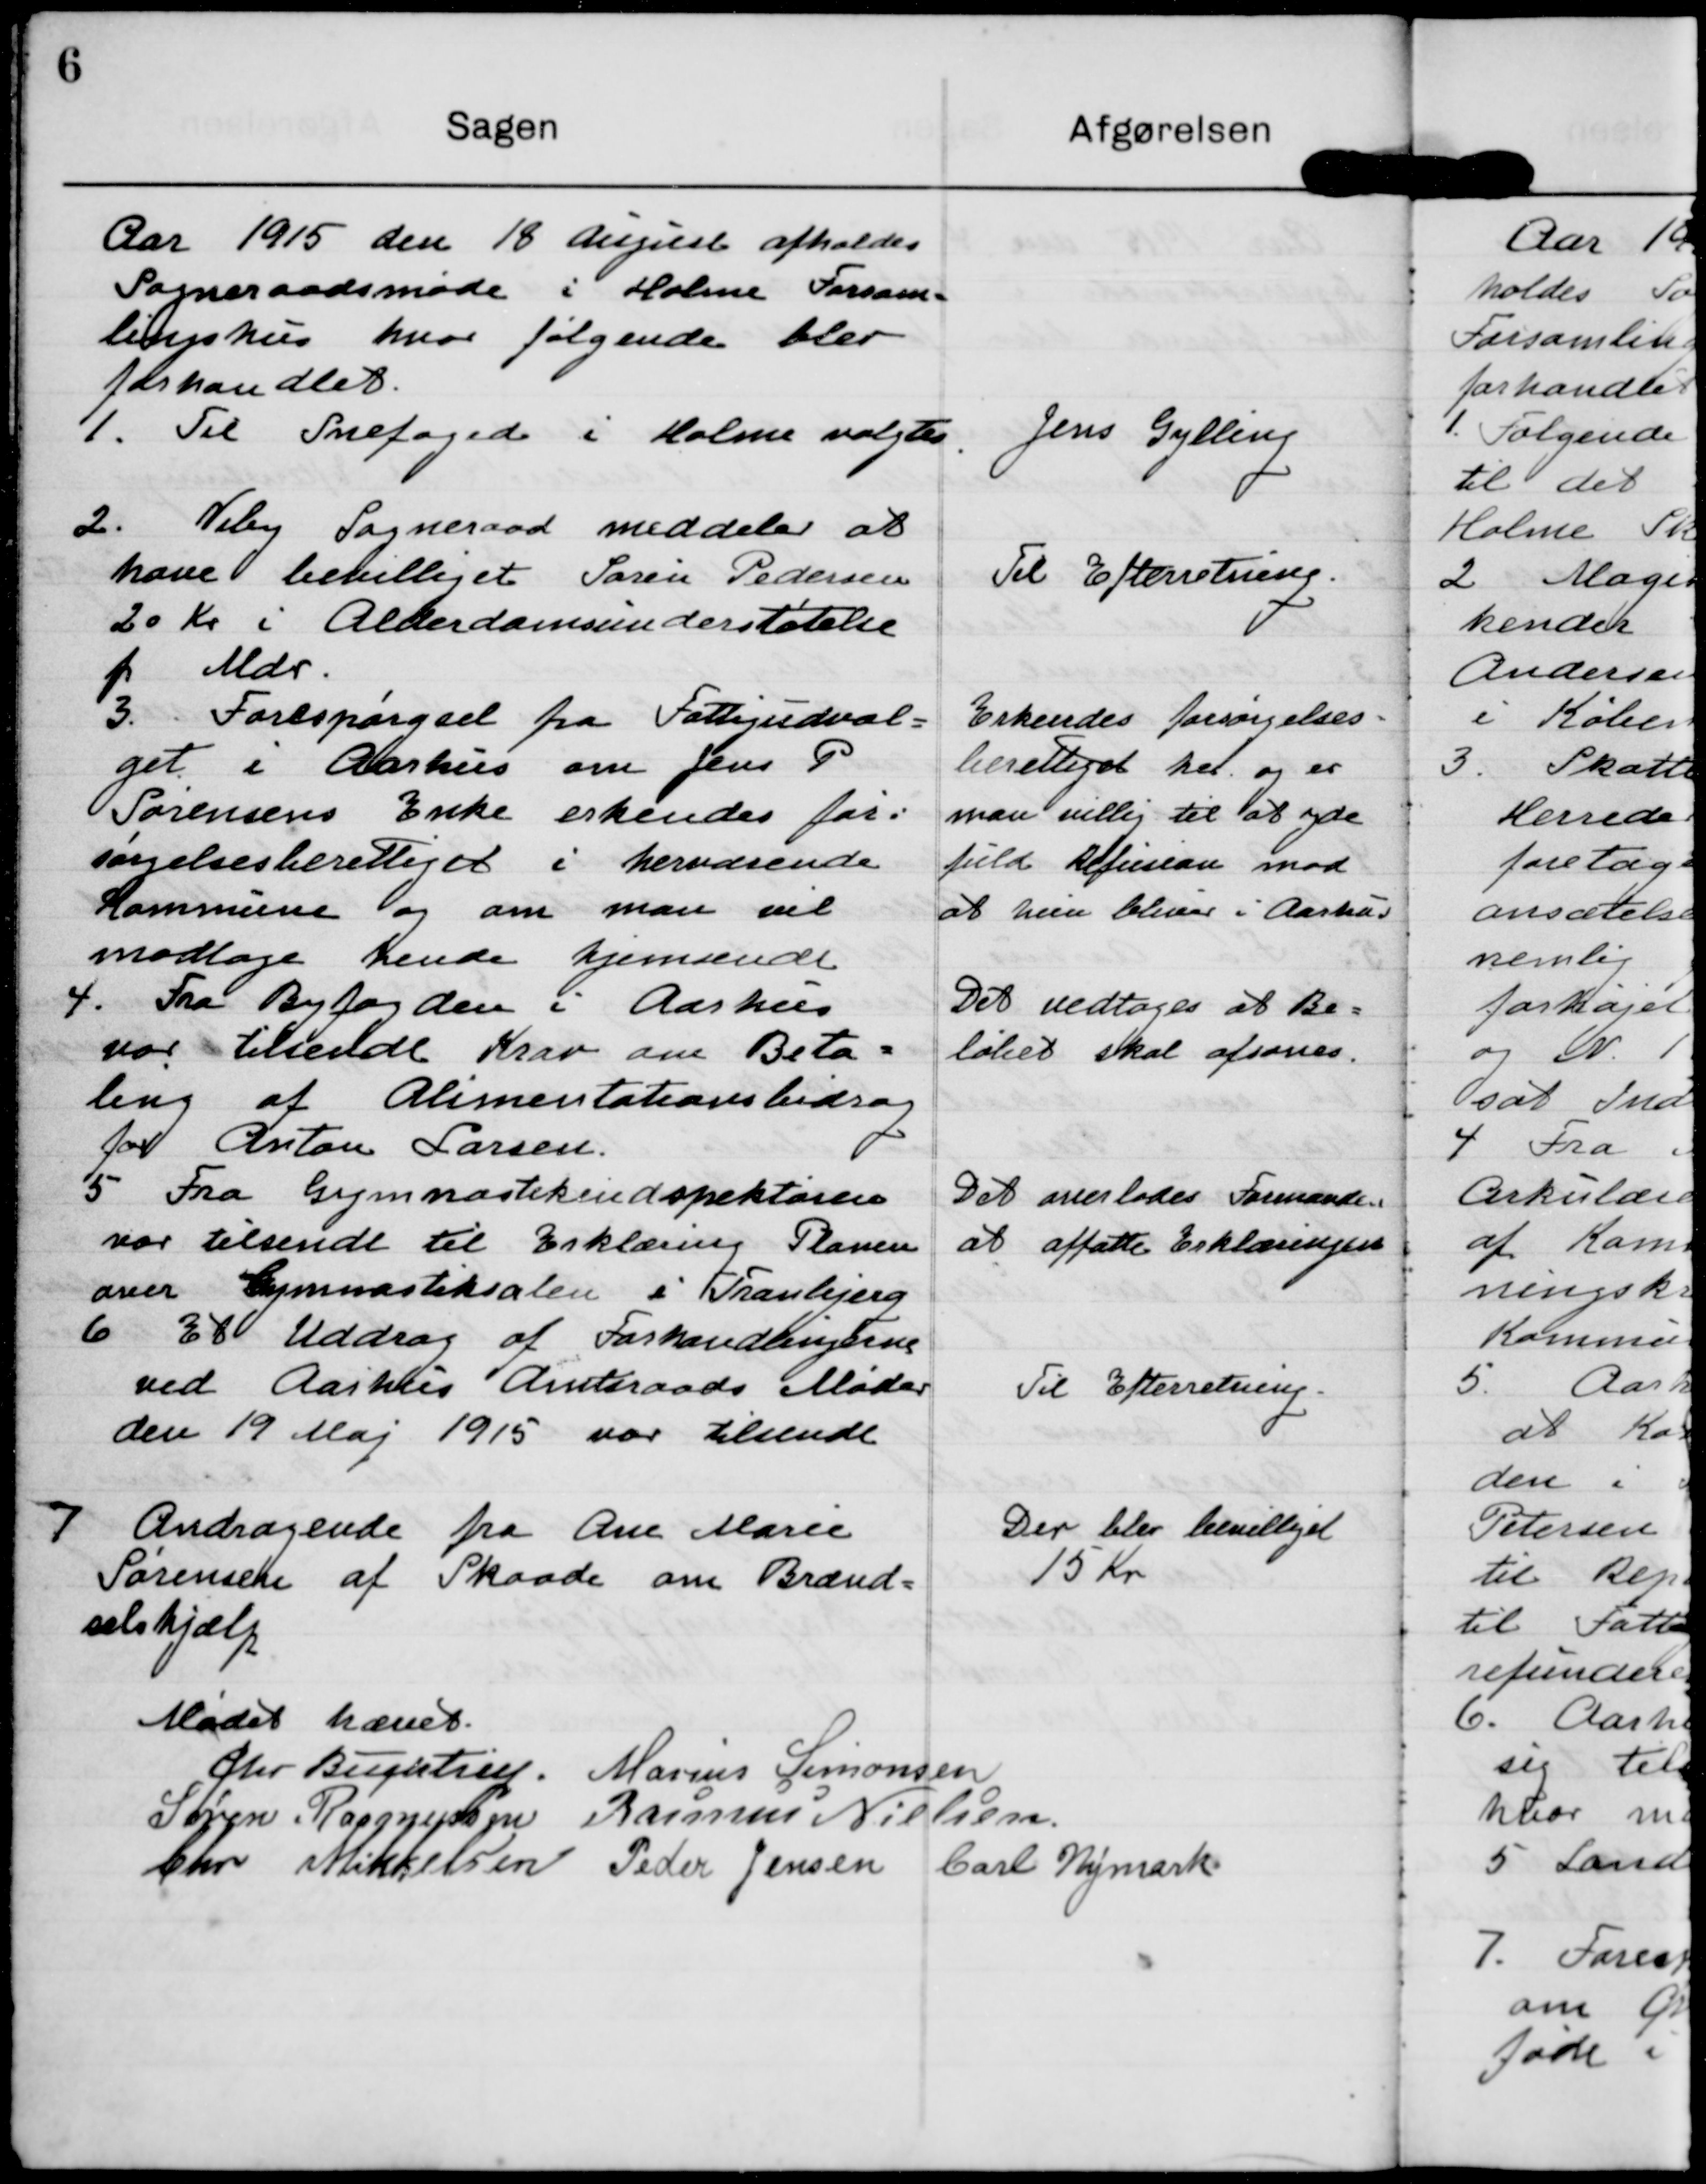
Transskription:
Aar 1915 den 18 August afholdes
Sogneraadsmøde i Holme Forsam-
lingshus hvor følgende blev
forhandlet.

Jens Gylling

1. Til Snefoged i Holme valgtes

2. Viby Sogneraad meddeler at
have bevilliget Søren Pedersen
20 Kr i Aldersdomsunderstøtelse
p Mdr.

Til Efterretning.

3. Forespørgsel fra Fattigudval=
get i Aarhus om Jens P
Sørensens Enke erkendes for=
sørgelsesberettiget i herværende
Kommune og om man vil
modtage hende hjemsendt.

Erkendes Forsørgelses-
berettiget her og er
man villig til at yde
fuld Refusion mod
at hun bliver i Aarhus

Det vedtages at Be=
løbet skal afsones.

4. Fra Byfogden i Aarhus
var tilsendt Krav om Beta=
ling af Alimentationsbidrag 
for Anton Larsen.

Det overlades Formanden
at affatte Erklæringen.

5. Fra Gymnastikindspektøren
var tilsendt til Erklæring Planen
over Gymnastiksalen i Tranbjerg

6 Et Uddrag af Forhandlingerne
ved Aarhus Amtsraads Møder
den 19 Maj 1915 var tilsendt

Til Efterretning.

7 Andragende fra Ane Marie
Sørensen af Skaade om Brænd=
selshjælp.

Der blev bevilliget
15 Kr

Mødet hævet
Chr Buchtrup
Marius Simonsen
Søren Rasmussen
Rasmus Nielsen
Chr Mikkelsen
Peder Jensen
Carl Nymark